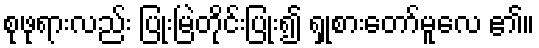
စုဖုရားလည်း ပြုံးမြဲတိုင်းပြုံး၍ ရှုစားတော်မူလေ ၏။